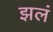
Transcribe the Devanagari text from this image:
झलं